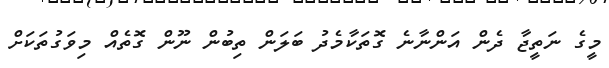
މީގެ ނަތީޖާ ދެން އަންނާނެ ގޮތަކާމެދު ބަލަން ތިބުން ނޫން ގޮތެއް މިވަގުތަކަށް